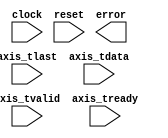
`timescale 1ns / 100ps
module axis_flow_check #(
    parameter WIDTH = 8
) (
    input clock,
    input reset,
    output error,

    input axis_tvalid,
    input axis_tready,
    input axis_tlast,
    input [WIDTH-1:0] axis_tdata
);

  localparam MSB = WIDTH - 1;

`ifdef __icarus
  reg error = 1'b0;
  reg prev_tvalid, prev_tlast, prev_tready;
  reg [MSB:0] prev_tdata;


  always @(posedge clock) begin
    if (reset) begin
      error <= 1'b0;
      prev_tvalid <= 1'b0;
      prev_tready <= 1'b0;
      prev_tlast  <= 1'b0;
      prev_tdata  <= 'bx;
    end else begin
      prev_tvalid <= axis_tvalid;
      prev_tready <= axis_tready;
      prev_tlast  <= axis_tlast;
      prev_tdata  <= axis_tdata;
      //
      // RULES:
      //
      //  - once 'tvalid' is asserted, neither 'tvalid', 'tlast', nor 'tdata'
      //    can change until 'tready' is asserted
      //
      if (prev_tvalid && !prev_tready) begin
        if (axis_tvalid != prev_tvalid) begin
          error <= 1'b1;
          $error("%10t: 'tvalid' de-asserted without 'tready'", $time);
        end
        if (axis_tlast != prev_tlast) begin
          error <= 1'b1;
          $error("%10t: 'tlast' changed without 'tready'", $time);
        end
        if (axis_tdata != prev_tdata) begin
          error <= 1'b1;
          $error("%10t: 'tdata' changed without 'tready'", $time);
        end
      end else begin
        error <= 1'b0;
      end
    end
  end
`endif


endmodule  // axis_flow_check

module ulpi_flow_check (
    input ulpi_clk,
    input ulpi_rst_n,
    input ulpi_dir,
    input ulpi_nxt,
    input ulpi_stp,
    input [7:0] ulpi_data
);

`ifdef __icarus
  reg prev_dir, prev_nxt, prev_stp;
  reg [7:0] prev_data;


  always @(posedge ulpi_clk) begin
    if (!ulpi_rst_n) begin
      prev_dir  <= 1'b0;
      prev_nxt  <= 1'b0;
      prev_stp  <= 1'b0;
      prev_data <= 'bx;
    end else begin
      prev_dir  <= ulpi_dir;
      prev_nxt  <= ulpi_nxt;
      prev_stp  <= ulpi_stp;
      prev_data <= ulpi_data;
      //
      // RULES:
      //
      //  - PHY must assert both 'dir' and 'nxt' when starting a bus transfer,
      //    then deasserts 'nxt' the next cycle (during "bus-turnaround")
      //  - link must not change 'data' when, driving the bus and 'nxt' is low
      //    can change until 'tready' is asserted
      //  - link "idles" the bus by driving 'data = 8'h00' onto the bus, when
      //    'dir' is low -- how to check !?
      //
      if (!prev_dir && !ulpi_dir) begin  // RECV
        if (!prev_nxt && prev_data != 8'h00 && prev_data != ulpi_data)
          $error("%10t: Rx 'data' changed while 'nxt' de-asserted", $time);
      end

      /*
      // todo: needs more work, due to the 'RX_CMD' packets ...
      if (prev_dir && ulpi_dir) begin // SEND
        if (!prev_nxt && prev_data != ulpi_data)
          $error("%10t: Tx 'data' changed while 'nxt' de-asserted", $time);
      end
      */

      // PHY checks
      if (!prev_dir && !prev_data == 8'h00) begin
        if (ulpi_dir && !ulpi_nxt) $error("%10t: 'nxt' not asserted with 'dir'", $time);
      end
    end
  end
`endif


endmodule  // ulpi_flow_check